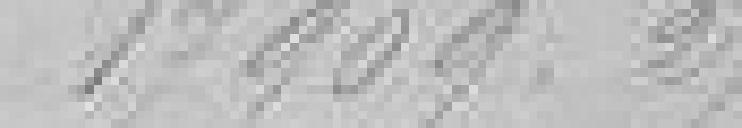
17909,27